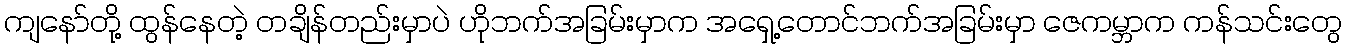
ကျနော်တို့ ထွန်နေတဲ့ တချိန်တည်းမှာပဲ ဟိုဘက်အခြမ်းမှာက အရှေ့တောင်ဘက်အခြမ်းမှာ ဇေကမ္ဘာက ကန်သင်းတွေ